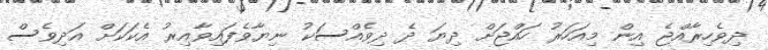
ދިވެހިރާއްޖެ އިން މިއަހަރު ހައްޖަށް ދިޔަ ދެ ދިވެއްސަކު ނިޔާވެފައިވާއިރު އެކަކަށް އަދިވެސް